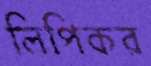
লিপিকর